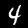
Digit: 4